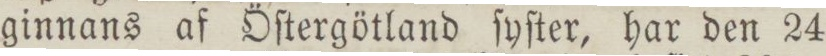
ginnans af Öſtergötland ſyſter, har den 24